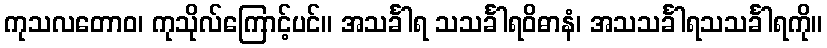
ကုသလတောဝ၊ ကုသိုလ်ကြောင့်ပင်။ အသင်္ခါရ သသင်္ခါရဝိဓာနံ၊ အသသင်္ခါရသသင်္ခါရကို။